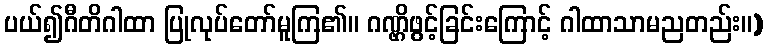
ပယ်၍ဂီတိဂါထာ ပြုလုပ်တော်မူကြ၏။ ဂဏ္ဌိဖွင့်ခြင်းကြောင့် ဂါထာသာမညတည်း။)